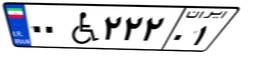
۰۰W۲۲۲۰۱